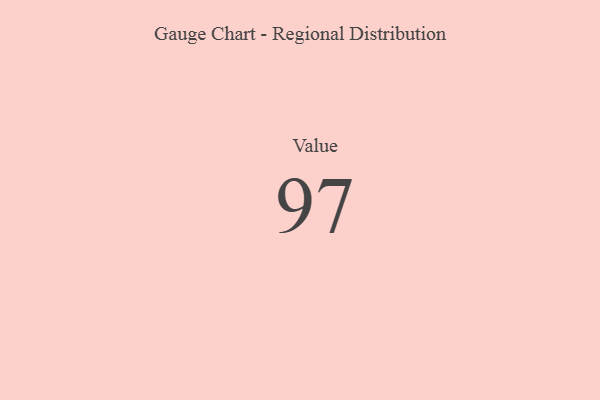
{"axis": {"x": "Metric", "y": "Value"}, "legend": [""], "data": [{"x": "Value", "y": 97, "type": ""}]}